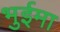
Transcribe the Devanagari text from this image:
भुईमा